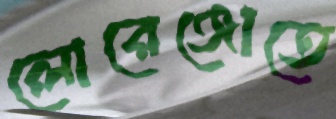
লোরেঞ্জোতে